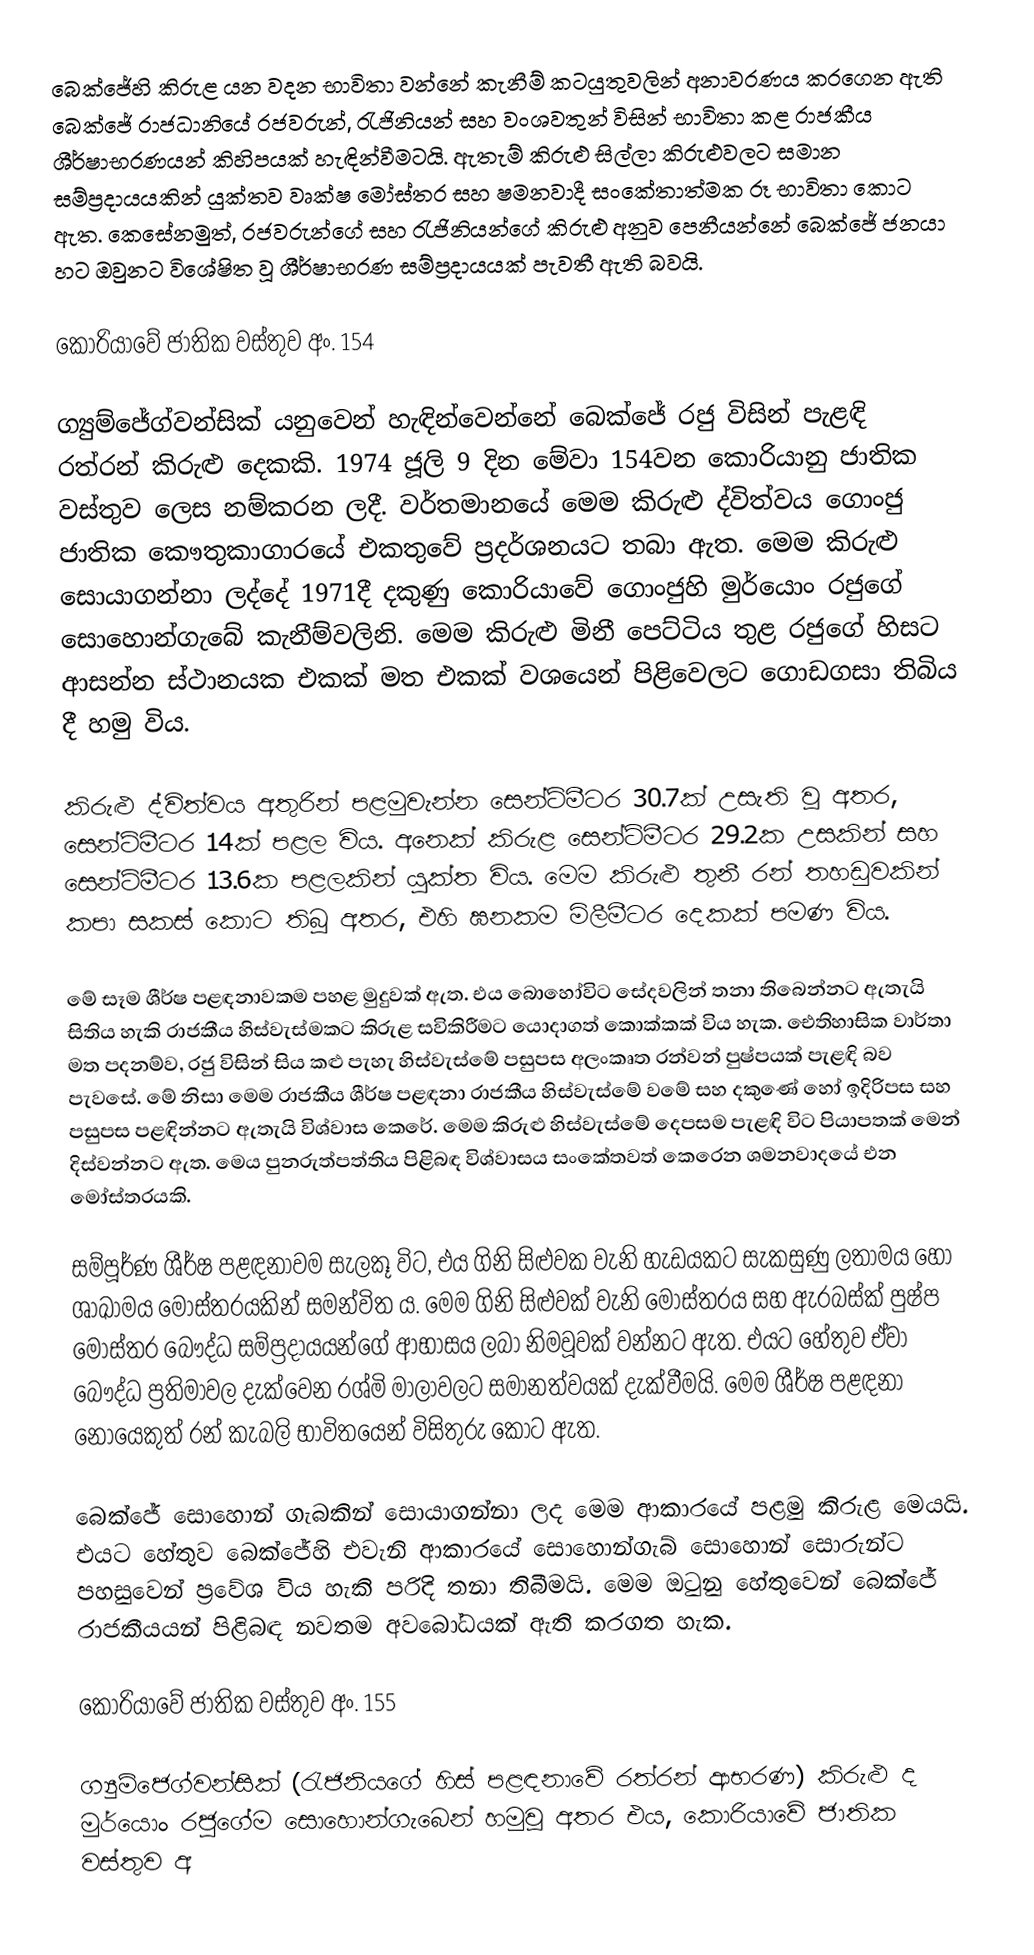
බෙක්ජේහි කිරුළ යන වදන භාවිතා වන්නේ කැනීම් කටයුතුවලින් අනාවරණය කරගෙන ඇති බෙක්ජේ ‍රාජධානියේ රජවරුන්, රැජිනියන් සහ වංශවතුන් විසින් භාවිතා කළ රාජකීය ශීර්ෂාභරණයන් කිහිපයක් හැඳින්වීමටයි. ඇතැම් කිරුළු සිල්ලා කිරුළුවලට සමාන සම්ප්‍රදායයකින් යුක්තව වෘක්ෂ මෝස්තර සහ ෂමනවාදී සංකේතාත්මක රූ භාවිතා කොට ඇත.  කෙසේනමුත්, ‍රජවරුන්ගේ සහ රැජිනියන්ගේ කිරුළු අනුව පෙනීයන්නේ බෙක්ජේ ජනයා හට ඔවුනට විශේෂිත වූ ශීර්ෂාභරණ සම්ප්‍රදායයක් පැවතී ඇති බවයි.

කොරියාවේ ජාතික වස්තුව අං. 154

ග්‍යුම්ජේග්වන්සික් යනුවෙන් හැඳින්වෙන්නේ බෙ‍ක්ජේ රජු විසින් පැළඳි රත්රන් කිරුළු දෙකකි. 1974 ජූලි 9 දින මේවා 154වන කොරියානු ජාතික වස්තුව ලෙස නම්කරන ලදී. වර්තමානයේ මෙම කිරුළු ද්විත්වය ගොංජු ජාතික කෞතුකාගාරයේ එකතුවේ ප්‍රදර්ශනයට තබා ඇත. මෙම කිරුළු සොයාගන්නා ලද්දේ 1971දී දකුණු කොරියාවේ ගොංජුහි මුර්යොං රජුගේ සොහොන්ගැබේ කැනීම්වලිනි. මෙම කිරුළු මිනී පෙට්ටිය තුළ රජුගේ හිසට ආසන්න ස්ථානයක එකක් මත එකක් වශයෙන් පිළිවෙලට ගොඩගසා තිබිය දී හමු විය.

කිරුළු ද්විත්වය අතුරින් පළමුවැන්න සෙන්ටිමීටර 30.7ක් උසැති වූ අතර, සෙන්ටිමීටර 14ක් පළල විය. අනෙක් කිරුළ සෙන්ටිමීටර 29.2ක උසකින් සහ සෙන්ටිමීටර 13.6ක පළලකින් යුක්ත විය. මෙම කිරුළු තුනී රන් තහඩුවකින් කපා සකස් කොට තිබූ අතර, එහි ඝනකම මිලීමීටර දෙකක් පමණ විය.

මේ සෑම ශීර්ෂ පළඳනාවකම පහළ මුදුවක් ඇත. එය බොහෝවිට සේදවලින් තනා තිබෙන්නට ඇතැයි සිතිය හැකි රාජකීය හිස්වැස්මකට කිරුළ සවිකිරීමට යොදාගත් කොක්කක් විය හැක. ඓතිහාසික වාර්තා මත පදනම්ව, රජු විසින් සිය කළු පැහැ හිස්වැස්මේ පසුපස අලංකෘත රන්වන් පුෂ්පයක් පැළඳි බව පැවසේ. මේ නිසා මෙම රාජකීය ශීර්ෂ පළඳනා රාජකීය හිස්වැස්මේ වමේ සහ දකුණේ හෝ ඉදිරිපස සහ පසුපස පළඳින්නට ඇතැයි විශ්වාස කෙරේ. මෙම කිරුළු හිස්වැස්මේ දෙපසම පැළඳි විට පියාපතක් මෙන් දිස්වන්නට ඇත. මෙය පුනරුත්පත්තිය පිළිබඳ විශ්වාසය සංකේතවත් කෙරෙන ශමනවාදයේ එන මෝස්තරයකි.

සම්පූර්ණ ශීර්ෂ පළඳනාවම සැලකූ විට, එය ගිනි සිළුවක වැනි හැඩයකට සැකසුණු ලතාමය හෝ ශාඛාමය මෝස්තරයකින් සමන්විත ය. මෙම ගිනි සිළුවක් වැනි මෝස්තරය සහ ඇරබස්ක් පුෂ්ප මෝස්තර බෞද්ධ සම්ප්‍රදායයන්ගේ ආභාසය ලබා නිමවූවක් වන්නට ඇත. එයට හේතුව ඒවා බෞද්ධ ප්‍රතිමාවල දැක්වෙන රශ්මි මාලාවලට සමානත්වයක් දැක්වීමයි. මෙම ශීර්ෂ පළඳනා නොයෙකුත් රන් කැබලි භාවිතයෙන් විසිතුරු කොට ඇත.

බෙක්ජේ සොහොන් ගැබකින් සොයාගන්නා ලද මෙම ආකාරයේ පළමු කිරුළ මෙයයි. එයට හේතුව බෙක්ජේහි එවැනි ආකාරයේ සොහොන්ගැබ් සොහොන් සොරුන්ට පහසුවෙන් ප්‍රවේශ විය හැකි පරිදි තනා තිබීමයි. මෙම ඔටුනු හේතුවෙන් බෙක්ජේ රාජකීයයන් පිළිබඳ නවතම අවබෝධයක් ඇති කරගත හැක.

කොරියාවේ ජාතික වස්තුව අං. 155

ග්‍යුම්ජෙග්වන්සික් (රැජිනියගේ හිස් පළඳනාවේ රත්රන් ආභරණ) කිරුළු ද මුර්යොං රජුගේම සොහොන්ගැබෙන් හමුවූ අතර එය, කොරියාවේ ජාතික වස්තුව අ